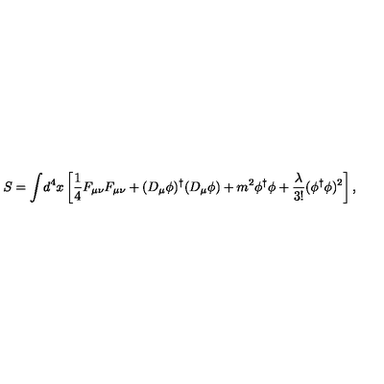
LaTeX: S = { \int } d ^ { 4 } x \left[ \frac { 1 } { 4 } F _ { \mu \nu } F _ { \mu \nu } + ( D _ { \mu } \phi ) ^ { \dag } ( D _ { \mu } \phi ) + m ^ { 2 } \phi ^ { \dag } \phi + \frac { \lambda } { 3 ! } ( \phi ^ { \dag } \phi ) ^ { 2 } \right] ,